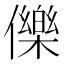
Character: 𭀅